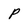
Character: P